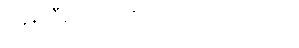
ပန်းသီး ၁လုံးကို ဘယ်လောက်လဲ။